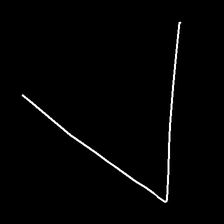
Glyph: region